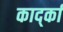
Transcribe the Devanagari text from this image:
कार्द्का